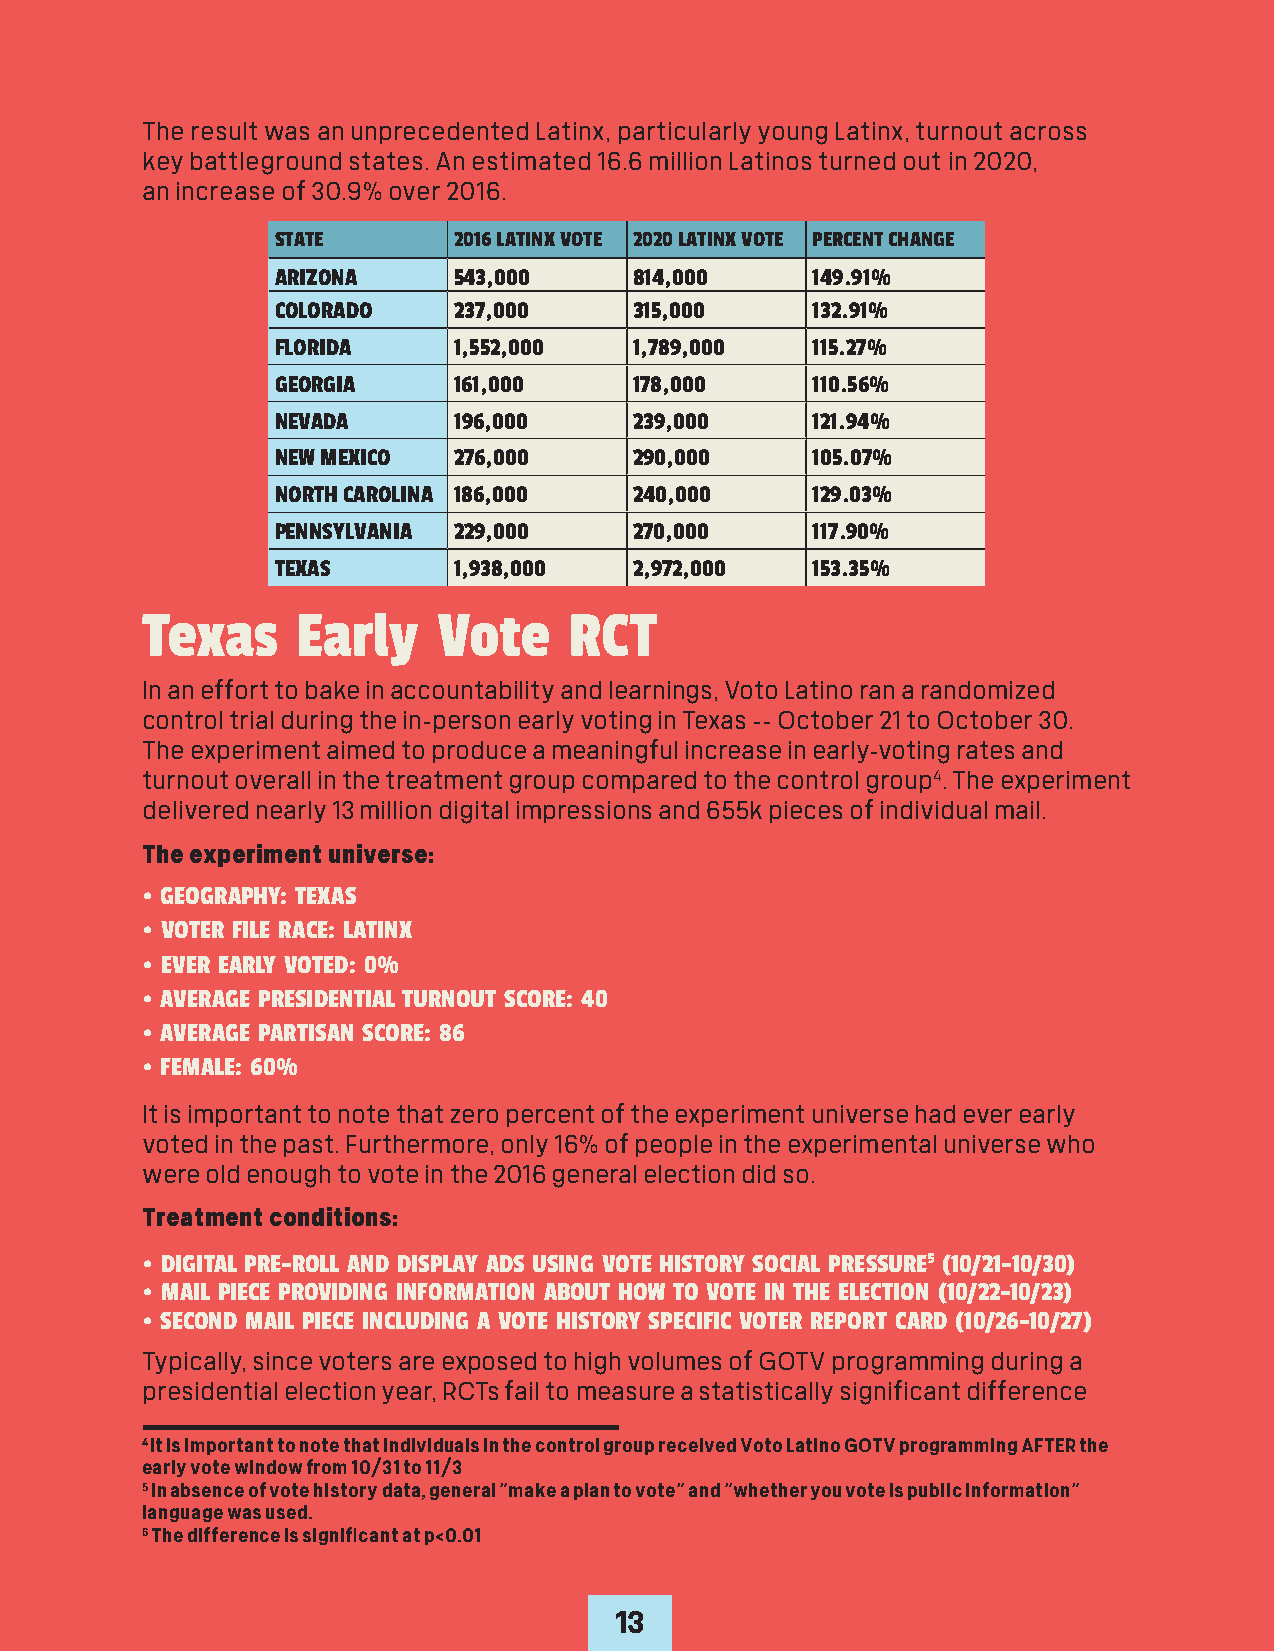
The result was an unprecedented Latinx, particularly young Latinx, turnout across
 key battleground states. An estimated 16.6 million Latinos turned out in 2020,
 an increase of 30.9% over 2016.
 STATE       2016 LATINX VOTE 2020 LATINX VOTE PERCENT CHANGE
 ARIZONA     543,000     814,000     149.91%
 COLORADO    237,000     315,000     132.91%
 FLORIDA     1,552,000   1,789,000   115.27%
 GEORGIA     161,000     178,000     110.56%
 NEVADA      196,000     239,000     121.94%
 NEW MEXICO  276,000     290,000     105.07%
 NORTH CAROLINA 186,000  240,000     129.03%
 PENNSYLVANIA 229,000    270,000     117.90%
 TEXAS       1,938,000   2,972,000   153.35%
 Texas      Early    Vote     RCT
 In an effort to bake in accountability and learnings, Voto Latino ran a randomized
 control trial during the in-person early voting in Texas -- October 21 to October 30.
 The experiment aimed to produce a meaningful increase in early-voting rates and
 turnout overall in the treatment group compared to the control group4. The experiment
 delivered nearly 13 million digital impressions and 655k pieces of individual mail.
 The experiment universe:
 • GEOGRAPHY: TEXAS
 • VOTER FILE RACE: LATINX
 • EVER EARLY VOTED: 0%
 • AVERAGE PRESIDENTIAL TURNOUT SCORE: 40
 • AVERAGE PARTISAN SCORE: 86
 • FEMALE: 60%
 It is important to note that zero percent of the experiment universe had ever early
 voted in the past. Furthermore, only 16% of people in the experimental universe who
 were old enough to vote in the 2016 general election did so.
 Treatment conditions:
 • DIGITAL PRE-ROLL AND DISPLAY ADS USING VOTE HISTORY SOCIAL PRESSURE5 (10/21-10/30)
 • MAIL PIECE PROVIDING INFORMATION ABOUT HOW TO VOTE IN THE ELECTION (10/22-10/23)
 • SECOND MAIL PIECE INCLUDING A VOTE HISTORY SPECIFIC VOTER REPORT CARD (10/26-10/27)
 Typically, since voters are exposed to high volumes of GOTV programming during a
 presidential election year, RCTs fail to measure a statistically significant difference
 4 It is important to note that individuals in the control group received Voto Latino GOTV programming AFTER the
 early vote window from 10/31 to 11/3
 5 In absence of vote history data, general “make a plan to vote” and “whether you vote is public information”
 language was used.
 6 The difference is significant at p<0.01
 13